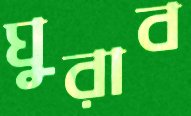
ঘুরাব